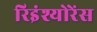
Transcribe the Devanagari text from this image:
रिइंश्योरेंस